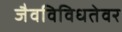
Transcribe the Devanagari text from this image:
जैवविविधतेवर